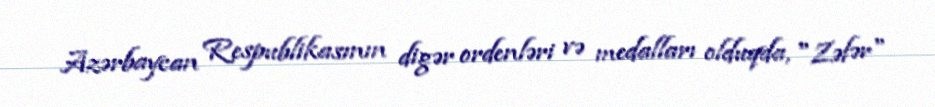
Azərbaycan Respublikasının digər ordenləri və medalları olduqda, "Zəfər"